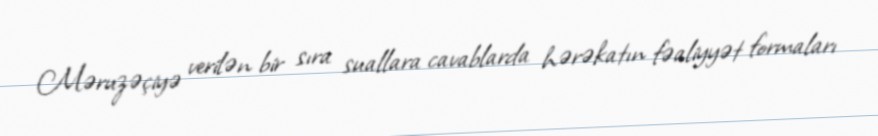
Məruzəçiyə verilən bir sıra suallara cavablarda hərəkatın fəaliyyət formaları